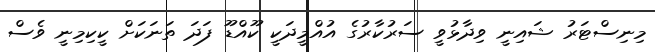
މިނިސްޓަރު ޝައިނީ ވިދާޅުވީ ސަރުކާރުގެ އުއްމީދަކީ ކޫއްޑޫ ފަދަ ތަނަކަށް ކީކިމިނީ ވެސް